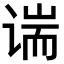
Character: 𫍱